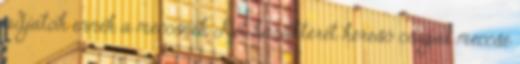
adjatok ennek a meccsnek Két karakterét kereső csapat meccse